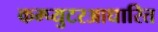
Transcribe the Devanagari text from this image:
कम्प्युटरआधारित